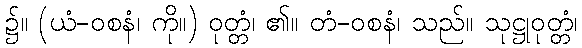
၌။ (ယံ-ဝစနံ၊ ကို။) ဝုတ္တံ၊ ၏။ တံ-ဝစနံ၊ သည်။ သုဋ္ဌုဝုတ္တံ၊